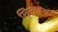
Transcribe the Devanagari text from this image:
स्त्रिभ्रूणहत्या